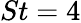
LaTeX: St=4